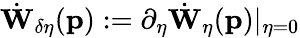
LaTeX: \dot{\mathbf{W}}_{\delta\eta}(\mathbf{p}):=\partial_{\eta}\dot{\mathbf{W}}_{\eta}(\mathbf{p})\vert_{\eta=0}